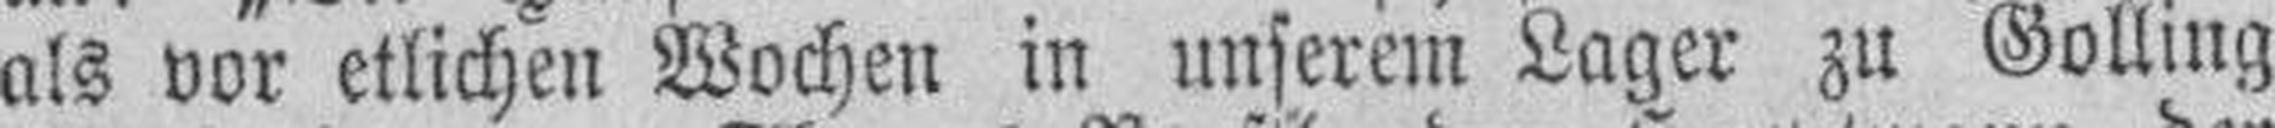
als vor etlichen Wochen in unserem Lager zu Golling